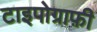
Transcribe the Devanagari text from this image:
टाइपोग्राफ़ी